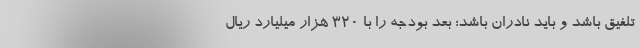
تلفیق باشد و باید نادران باشد؛ بعد بودجه را با ۳۲۰ هزار میلیارد ریال